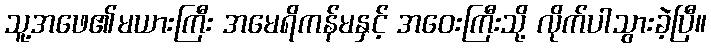
သူ့အဖေ၏မယားကြီး အမေရိကန်မနှင့် အဝေးကြီးသို့ လိုက်ပါသွားခဲ့ပြီ။